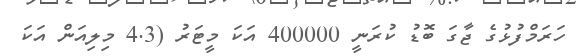
ހަރަމްފުޅުގެ ޖާގަ ބޮޑު ކުރަނީ 400000 އަކަ މީޓަރު (4.3 މިިލިއަން އަކަ